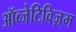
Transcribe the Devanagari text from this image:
ऑब्जेटिविज़्म